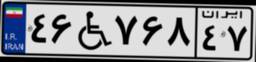
۳۷W۳۱۷۰۷